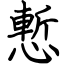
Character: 慙